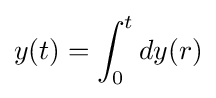
y(t)=\int _{0}^{t}dy(r)